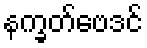
နက္ခတ်ဗေဒင်